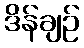
ဒိန်ချဉ်